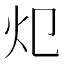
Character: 𱪣